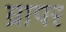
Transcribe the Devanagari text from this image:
व्रापर